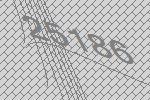
25186